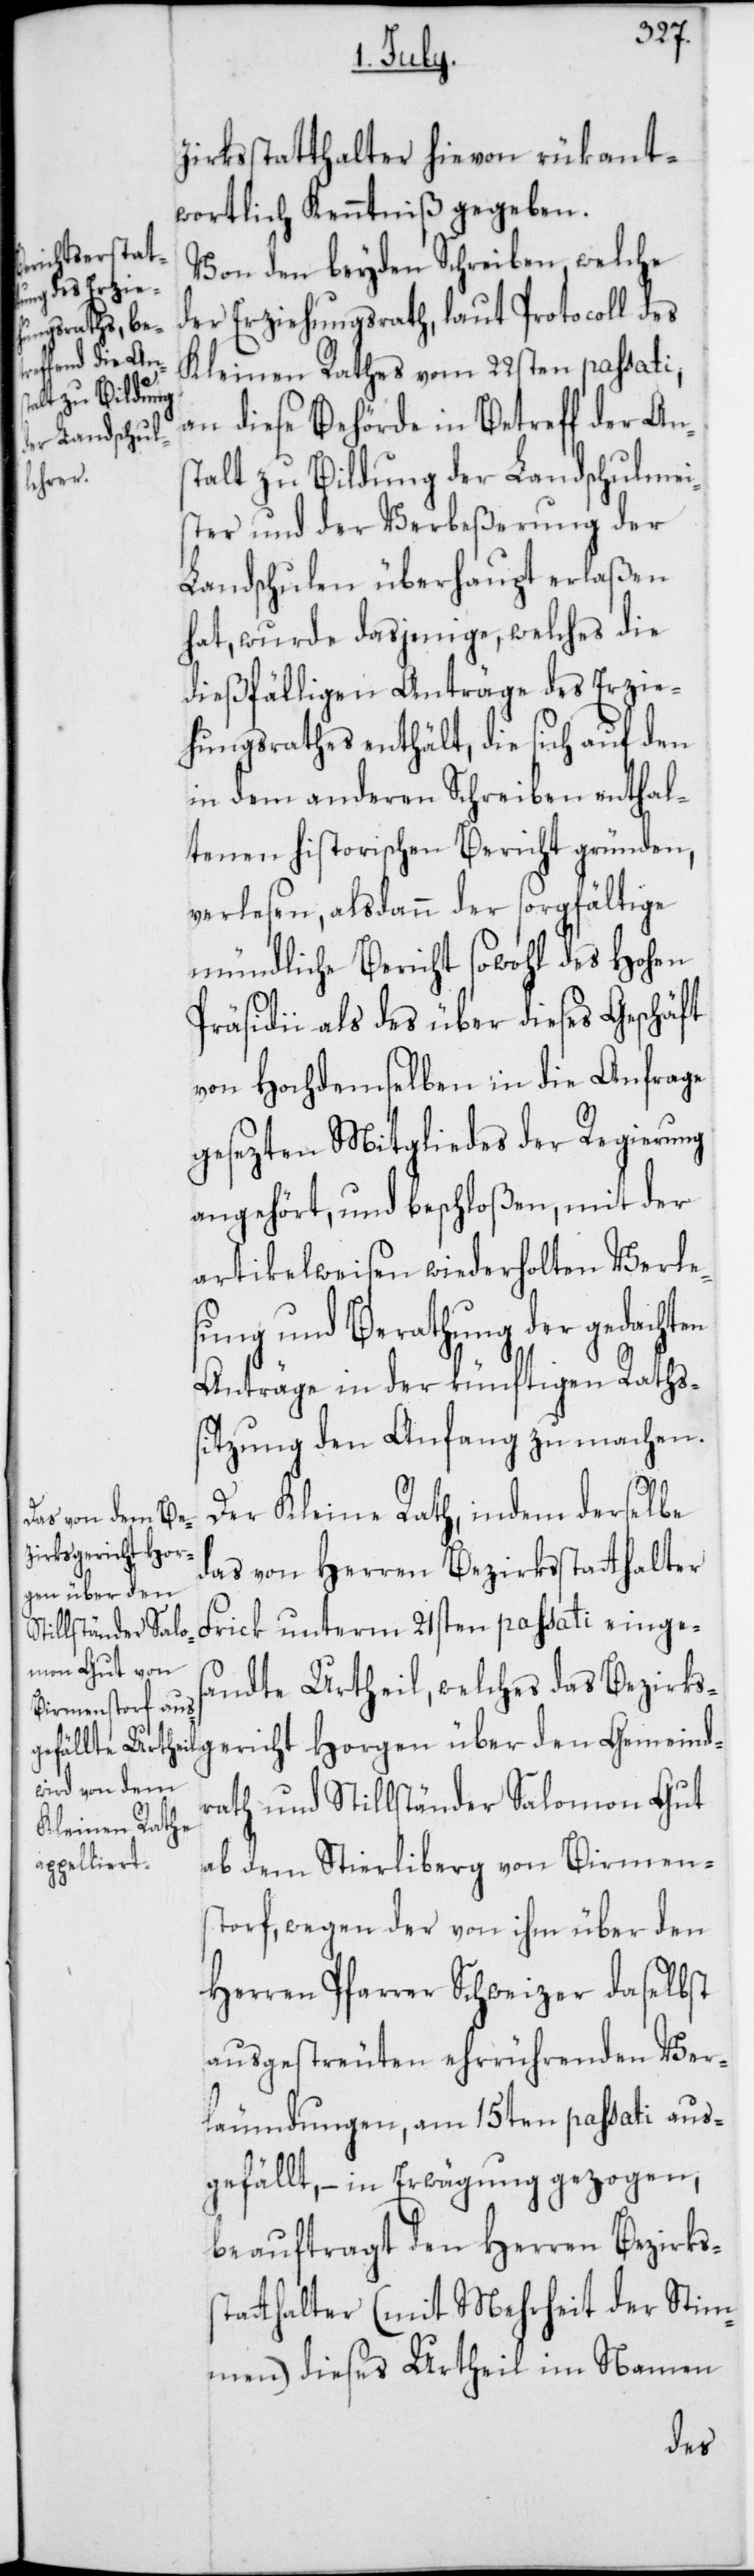
Gemeind¬
zirksstatthalter hievon rükant¬
wortlich Kenntniß gegeben.
Von den beyden Schreiben, welche
der Erziehungsrath, laut Protocoll des
Kleinen Rathes vom 22sten passati,
an diese Behörde in Betreff der An¬
stalt zu Bildung der Landschulmei¬
ster und der Verbeßerung der
Landschulen überhaupt erlaßen
hat, wurde dasjenige, welches die
dießfälligen Anträge des Erzie¬
hungsrathes enthält, die sich auf den
in dem anderen Schreiben enthal¬
tenen historischen Bericht gründen,
verlesen, alsdann der sorgfältige
mündliche Bericht sowohl des Hohen
Präsidii als des über dieses Geschäft
von Hochdemselben in die Anfrage
gesezten Mitgliedes der Regierung
angehört, und beschloßen, mit der
artikelweisen wiederholten Verle¬
sung und Berathung der gedachten
Anträge in der künftigen Raths¬
sitzung den Anfang zu machen.
Der Kleine Rath, indem derselbe
gericht Hor¬
das von Herren Bezirksstatthalter
gen über den
Frick unterm 21sten passati einge¬
sandte Urtheil, welches das Bezirks¬
rath und Stillständer Salomon Gut
ab dem Stierliberg von Birmens¬
torf, wegen der von ihm über den
Herren Pfarrer Schweizer daselbst
ausgestreuten ehrrührenden Ver¬
leumdungen, am 15ten passati aus¬
gefällt, – in Erwägung gezogen,
beauftragt den Herren Bezirkss¬
tatthalter (mit Mehrheit der Stim¬
men) dieses Urtheil im Namen